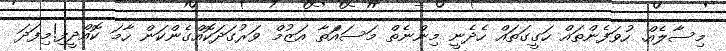
މިސާލެއް. ހުވަފެންތައް ހަގީގަތައް ހެދެނީ މިންނެތް މަސައްަތާ އަޒުމް ވަރުގަދަކޮއްގެންކަން ހާމަ ކޮއްދީފި!މިފަދަ